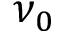
\nu _ { 0 }